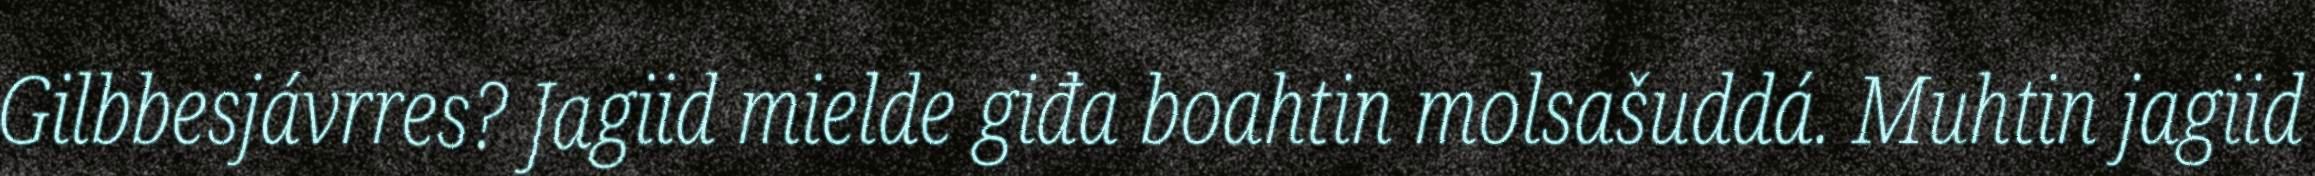
Gilbbesjávrres? Jagiid mielde giđa boahtin molsašuddá. Muhtin jagiid